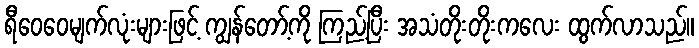
ရီဝေဝေမျက်လုံးများဖြင့် ကျွန်တော့်ကို ကြည့်ပြီး အသံတိုးတိုးကလေး ထွက်လာသည်။